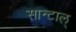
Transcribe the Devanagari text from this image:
सान्टाल्